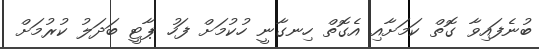
ބުނެފައިވާ ގޮތް ކަމަށާއި އެގޮތް ހިނގާނީ ހުކުމަށް ފަހު ޕާޓީ ބަދަލު ކުރުމަށް